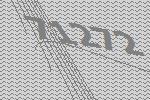
71272